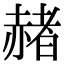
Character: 赭